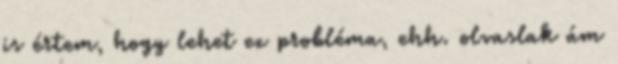
is értem, hogy lehet ez probléma, ehh. olvaslak ám